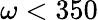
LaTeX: \omega<350